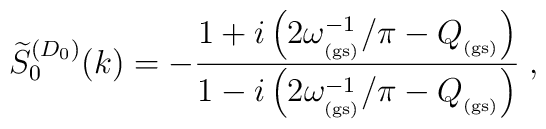
\widetilde{S}_{0}^{(D_{0})} (k)= -\frac{1 + i \left(2 \omega_{_{\rm (gs)}}^{-1}/\pi - Q_{_{\rm (gs)}}\right) } {1 - i \left(2 \omega_{_{\rm (gs)}}^{-1}/\pi -          Q_{_{\rm (gs)}}   \right) }\; ,